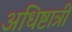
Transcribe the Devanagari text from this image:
अधिष्टात्री